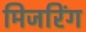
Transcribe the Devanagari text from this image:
मिजरिंग